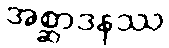
အစ္ဆာဒနဿ